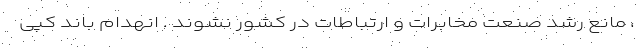
، مانع رشد صنعت مخابرات و ارتباطات در کشور نشوند . انهدام باند کپی